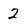
Character: 2